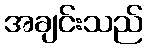
အချင်းသည်